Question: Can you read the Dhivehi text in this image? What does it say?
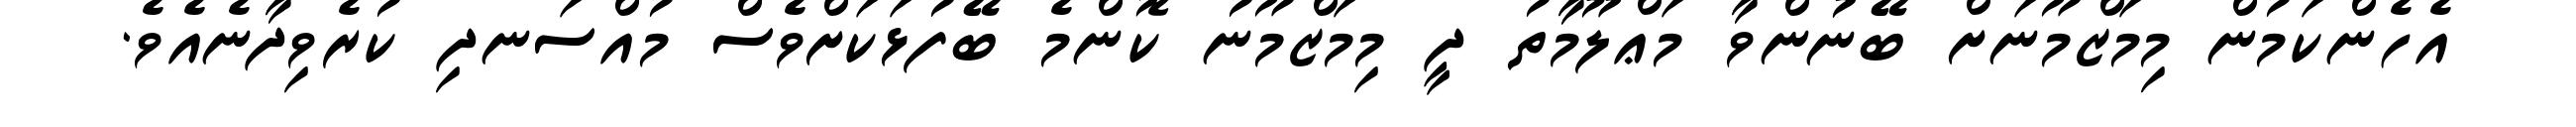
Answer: އެހެންކަމުން މިމަޒްމޫނަށް ބޭނުންވާ މަޢްލޫމާތު ދީ މިމަޒްމޫނު ކޮންމެ ބޭފުޅަކަށްވެސް މުއްސަނދި ކުރެވިދާނެއެވެ.